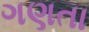
ગણતા